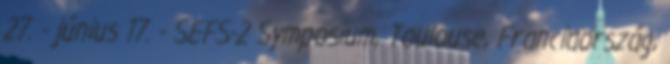
27. - június 17. - SEFS-2 Symposium, Toulouse, Franciaország,